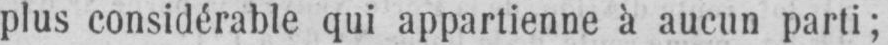
plus considérable qui appartienne à aucun parti;